Scientific memoirs by medical officers of the Army of India - Part VII,
Year: 1892
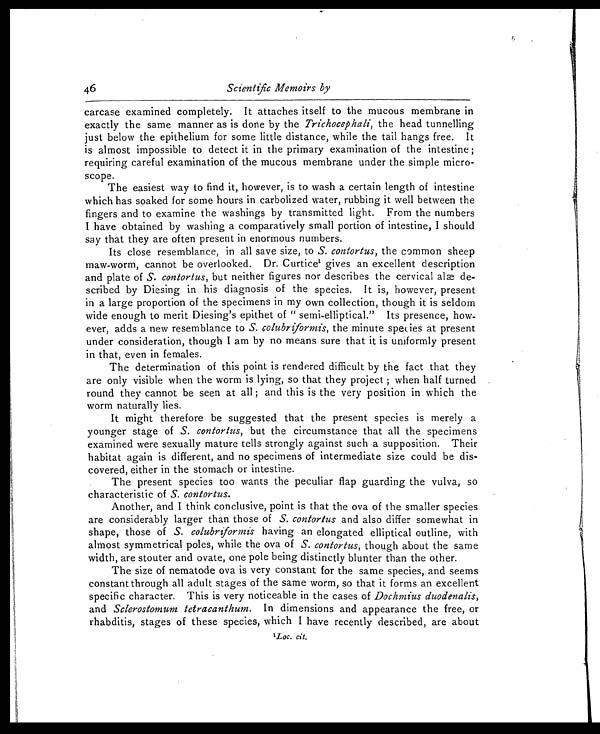
46 Scientific Memoirs by
carcase examined completely. It attaches itself to the mucous membrane in
exactly the same manner as is done by the Trichocephali, the head tunnelling
just below the epithelium for some little distance, while the tail hangs free. It
is almost impossible to detect it in the primary examination of the intestine ;
requiring careful examination of the mucous membrane under the simple micro-
scope.
The easiest way to find it, however, is to wash a certain length of intestine
which has soaked for some hours in carbolized water, rubbing it well between the
fingers and to examine the washings by transmitted light. From the numbers
I have obtained by washing a comparatively small portion of intestine, I should
say that they are often present in enormous numbers.
Its close resemblance, in all save size, to S. contortus, the common sheep
maw-worm, cannot be overlooked. Dr. Curtice 1 g i v e s a n e x c e l l e n t d e s c r i p t i o n
and plate of S. contortus, but neither figures nor describes the cervical alæ de-
scribed by Diesing in his diagnosis of the species. It is, however, present
in a large proportion of the specimens in my own collection, though it is seldom
wide enough to merit Diesing's epithet of " semi-elliptical." Its presence, how-
ever, adds a new resemblance to S. colubriformis,t h e m i n u t e s p e c i e s a t p r e s e n t
under consideration, though I am by no means sure that it is uniformly present
in that, even in females.
The determination of this point is rendered difficult by the fact that they
are only visible when the worm is lying, so that they project ; when half turned
round they cannot be seen at all ; and this is the very position in which the
worm naturally lies.
It might therefore be suggested that the present species is merely a
younger stage of S. contortus, but the circumstance that all the specimens
examined were sexually mature tells strongly against such a supposition. Their
habitat again is different, and no specimens of intermediate size could be dis-
covered, either in the stomach or intestine.
The present species too wants the peculiar flap guarding the vulva, so
characteristic of S. contortus.
Another, and I think conclusive, point is that the ova of the smaller species
are considerably larger than those of S. contortus and also differ somewhat in
shape, those of S. colubriformish a v i n g a n e l o n g a t e d e l l i p t i c a l o u t l i n e , w i t h
almost symmetrical poles, while the ova of S. contortus, though about the same
width, are stouter and ovate, one pole being distinctly blunter than the other.
The size of nematode ova is very constant for the same species, and seems
constant through all adult stages of the same worm, so that it forms an excellent
specific character. This is very noticeable in the cases of Dochmius duodenalis,
and Sclerostomum tetracanthum. In dimensions and appearance the free, or
rhabditis, stages of these species, which I have recently described, are about
L o c . c i t .